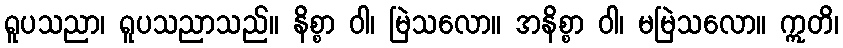
ရူပသညာ၊ ရူပသညာသည်။ နိစ္စာ ဝါ၊ မြဲသလော။ အနိစ္စာ ဝါ၊ မမြဲသလော။ ဣတိ၊